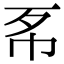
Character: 𢁳